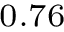
_ { 0 . 7 6 }